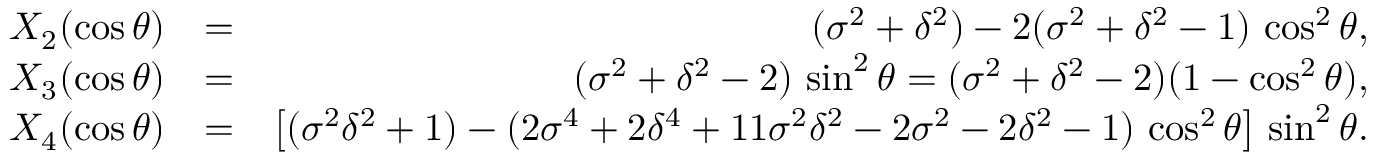
\begin{array} { r l r } { X _ { 2 } ( \cos \theta ) } & { = } & { ( \sigma ^ { 2 } + \delta ^ { 2 } ) - 2 ( \sigma ^ { 2 } + \delta ^ { 2 } - 1 ) \, \cos ^ { 2 } \theta , } \\ { X _ { 3 } ( \cos \theta ) } & { = } & { ( \sigma ^ { 2 } + \delta ^ { 2 } - 2 ) \, \sin ^ { 2 } \theta = ( \sigma ^ { 2 } + \delta ^ { 2 } - 2 ) ( 1 - \cos ^ { 2 } \theta ) , } \\ { X _ { 4 } ( \cos \theta ) } & { = } & { \left[ ( \sigma ^ { 2 } \delta ^ { 2 } + 1 ) - ( 2 \sigma ^ { 4 } + 2 \delta ^ { 4 } + 1 1 \sigma ^ { 2 } \delta ^ { 2 } - 2 \sigma ^ { 2 } - 2 \delta ^ { 2 } - 1 ) \, \cos ^ { 2 } \theta \right] \, \sin ^ { 2 } \theta . } \end{array}